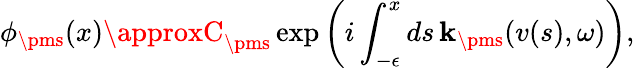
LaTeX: \phi_{\pms}(x)\approxC_{\pms}\exp\left(i\int_{-\epsilon}^{x}ds\, \mathbf{k}_{\pms}(v(s),\omega)\right),